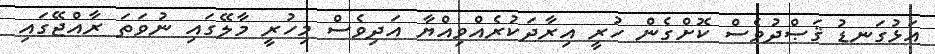
އަޅުގަނޑު ޤަޞްދުވެސް ކޮށްގެން ހުރީ އިރާދަކުރެއްވިއްޔާ އަދިވެސް މިހުރީ މާލޭގައި ނުވަތަ ރާއްޖޭގައި